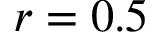
r = 0 . 5